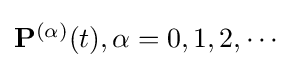
{\textstyle \mathbf {P} ^{(\alpha )}(t),\alpha =0,1,2,\cdots }